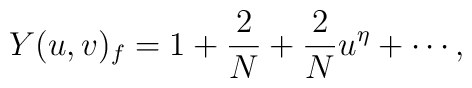
Y(u,v)_{f}=1+\frac{2}{N}+\frac{2}{N}u^{\eta}+\cdots,